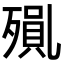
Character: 𭮝